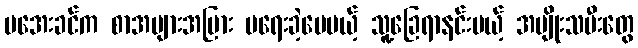
မအေးခင်က စာအများအပြား မရေးခဲ့ပေမယ့် သူ့ခြေရာနင်းမယ့် အမျိုးသမီးတွေ